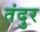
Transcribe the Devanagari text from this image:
तंदुर